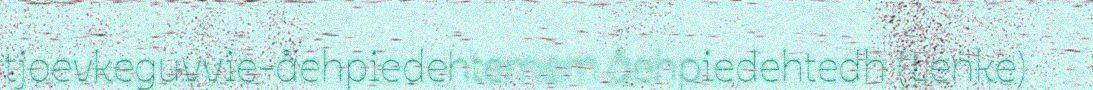
tjoevkeguvvie-åehpiedehtemem åehpiedehtedh (Lenke)